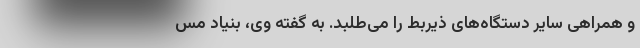
و همراهی سایر دستگاه‌­های ذیربط را می‌­طلبد. به گفته وی، بنیاد مس